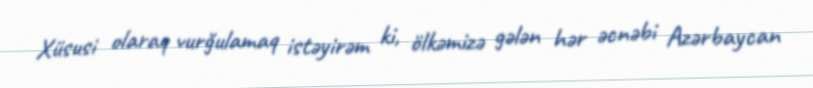
Xüsusi olaraq vurğulamaq istəyirəm ki, ölkəmizə gələn hər əcnəbi Azərbaycan